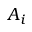
A _ { i }